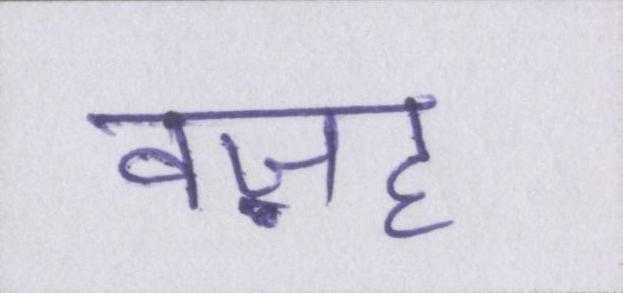
वज़ह